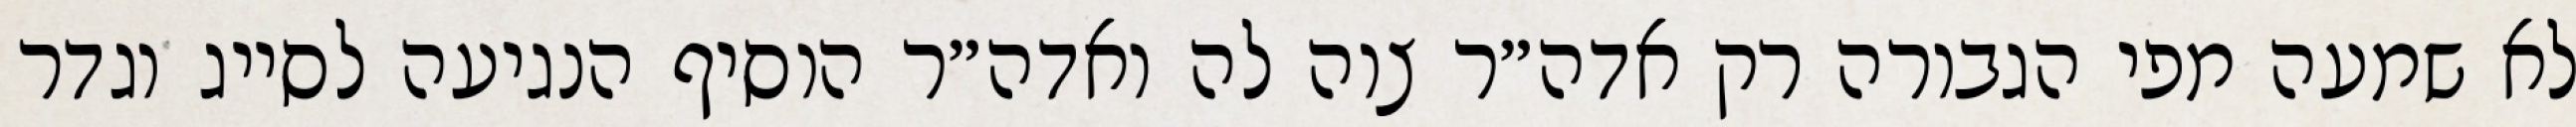
לא שמעה מפי הגבורה רק אדה״ר צוה לה ואדה״ר הוסיף הנגיעה לסייג וגדר